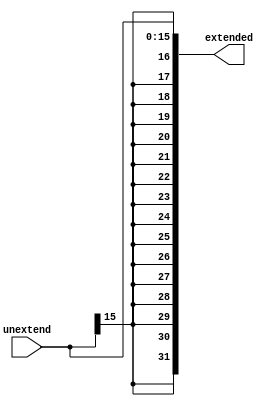
module sign_ext(extended ,unextend);
/*kitabin ilk sayfasindaki tablodan alindi*/
input  [15:0] unextend;
output [31:0] extended;

assign extended = {{16{unextend[15]}}, unextend};
/*
initial begin
$monitor("Extended= 3%1b", extended);
end*/

endmodule